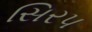
સિરપ